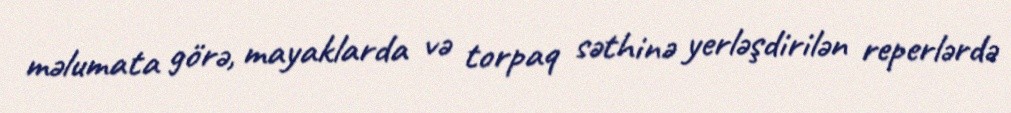
məlumata görə, mayaklarda və torpaq səthinə yerləşdirilən reperlərdə